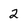
Character: 2